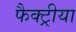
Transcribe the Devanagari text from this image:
फैक्ट्रीया